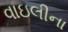
વાઇલીના